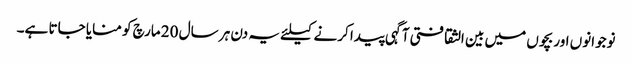
نوجوانوں اور بچوں میں بین الثقافتی آگہی پیدا کرنے کیلئے یہ دن ہر سال 20 مارچ کو منایا جاتا ہے۔